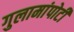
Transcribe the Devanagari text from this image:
गुलामांपोटी